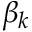
\beta _ { k }